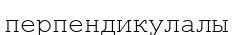
перпендикулалы